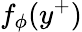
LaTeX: f_{\phi}(y^{+})